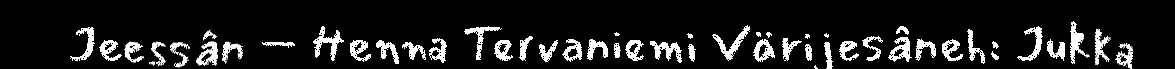
Jeessân – Henna Tervaniemi Värijesâneh: Jukka